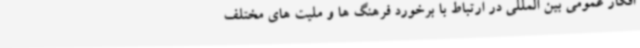
افکار عمومی بین المللی در ارتباط با برخورد فرهنگ ها و ملیت های مختلف